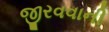
જીરવવાની